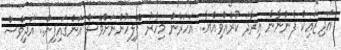
އަދި ޒައިކް ފެންނާނެ އިރާދަ ކުރެއްވިއްޔާ.. އަހަރެން މިހާރު ޕޮލިހުންނަށްވެސް އަންގައިފިން.. އަދިވެސް